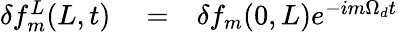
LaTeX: \begin{array}{rlr}{\delta f_{m}^{L}(L,t)}&{{}=}&{\delta f_{m}(0,L)e^{-im\Omega_{d}t}}\end{array}